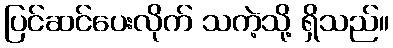
ပြင်ဆင်ပေးလိုက် သကဲ့သို့ ရှိသည်။